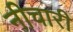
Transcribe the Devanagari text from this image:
नीचारी